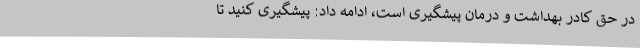
در حق کادر بهداشت و درمان پیشگیری است، ادامه داد: پیشگیری کنید تا